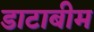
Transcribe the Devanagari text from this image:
डाटाबीम